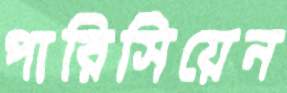
পারিসিয়েন